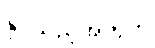
နိုင်သည့်အတွက်